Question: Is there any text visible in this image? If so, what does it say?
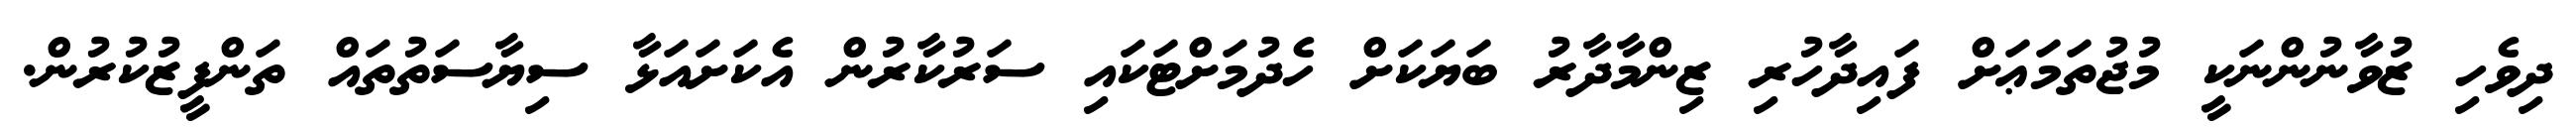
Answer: ދިވެހި ޒުވާނުންނަކީ މުޖުތަމަޢަށް ފައިދާހުރި ޒިންމާދާރު ބަޔަކަށް ހެދުމަށްޓަކައި ސަރުކާރުން އެކަށައަޅާ ސިޔާސަތުތައް ތަންފީޒުކުރުން.